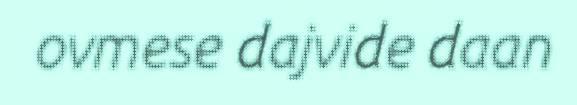
ovmese dajvide daan